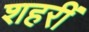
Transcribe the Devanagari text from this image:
शहरीं